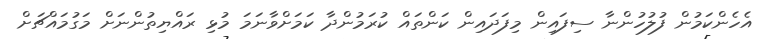
އެހެންކަމުން ފުލުހުންނާ ސިފައިން މިފަދައިން ކަންތައް ކުރަމުންދާ ކަމަށްވާނަމަ މުޅި ރައްޔިތުންނަށް މަގުމައްޗަށް